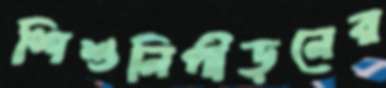
শিশুনিপীড়নের